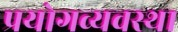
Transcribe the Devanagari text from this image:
प्रयोगव्यवस्था